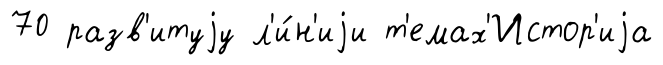
70 разв'итуjу л'и́н'иjи т'емах'Истор'иjа